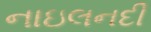
નાઇલનદી